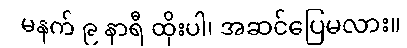
မနက် ၉ နာရီ ထိုးပါ၊ အဆင်ပြေမလား။